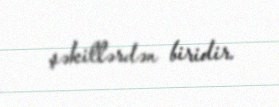
şəkillərdən biridir.